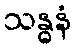
သန္ဓနံ